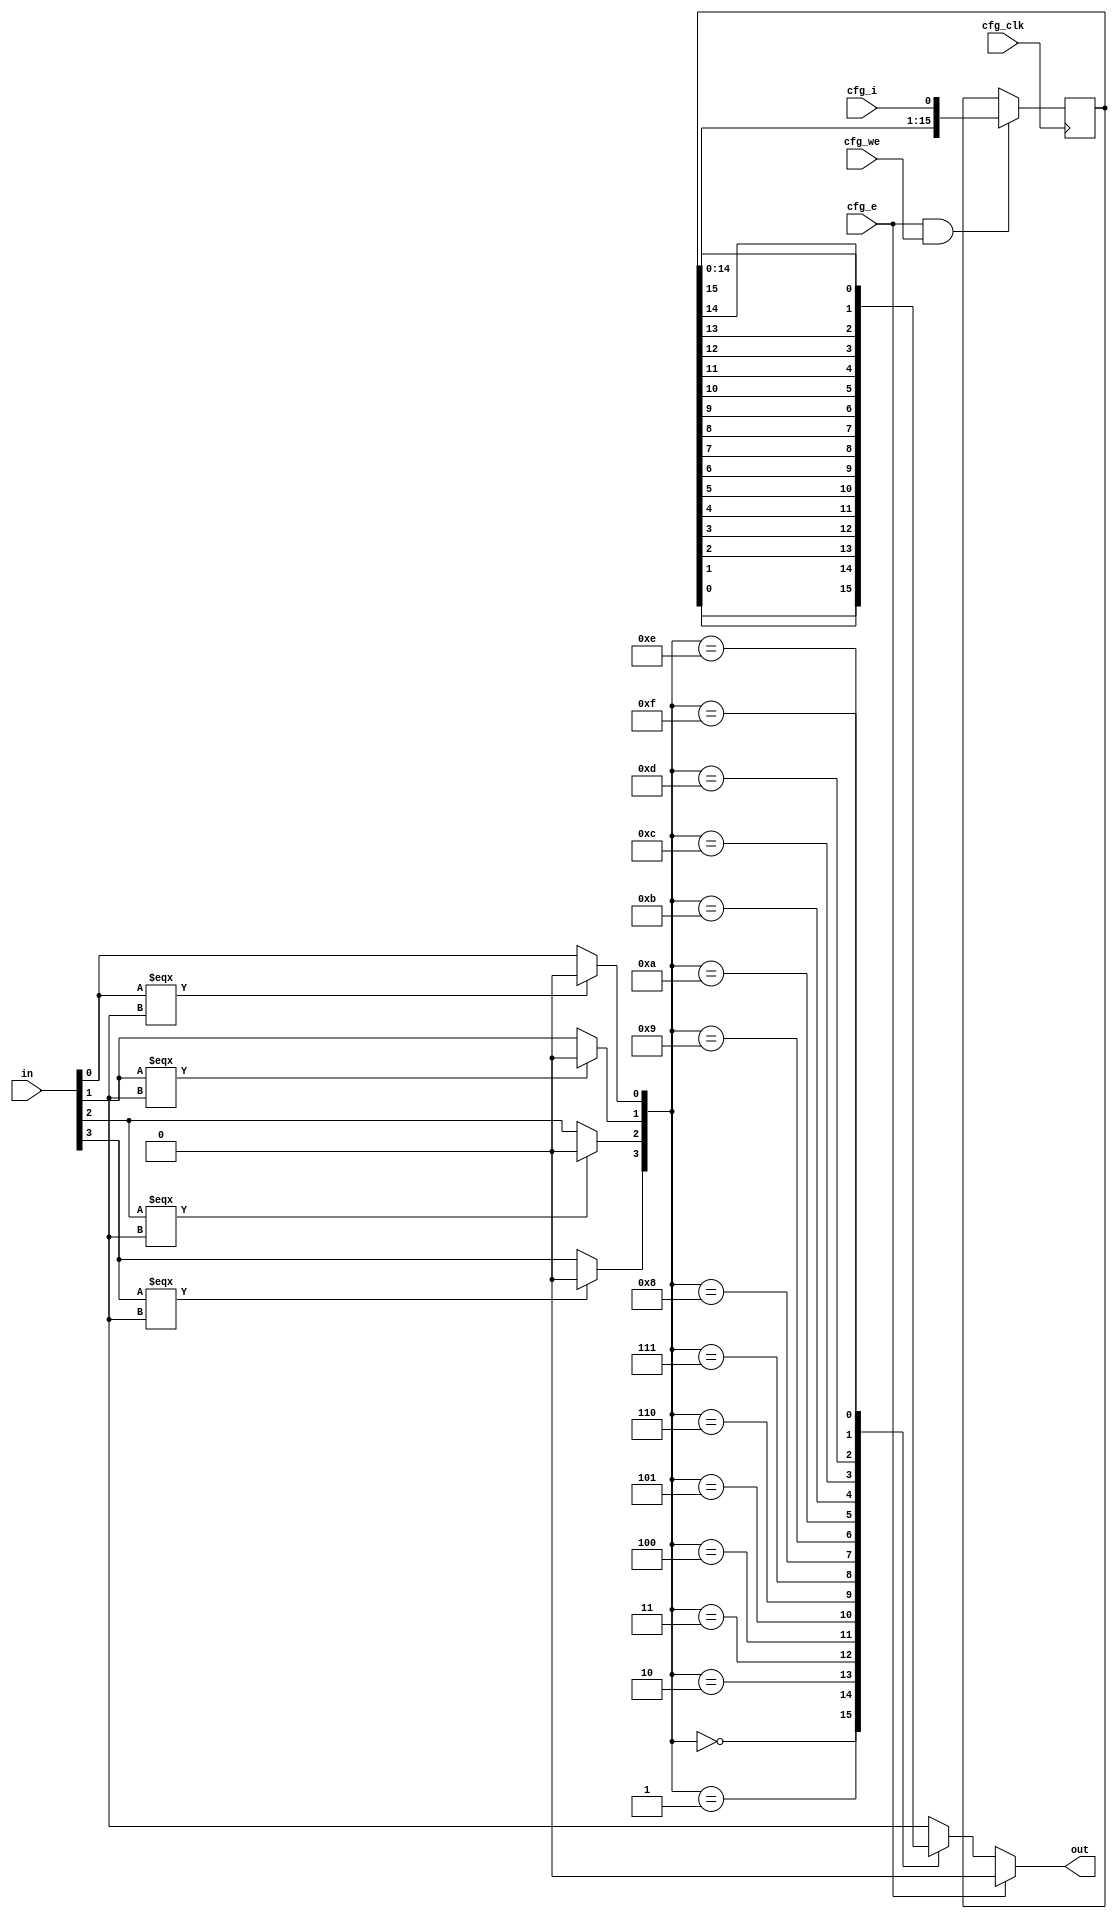
`timescale 1ns / 1ps

module lut4 (
	// Inputs
    input wire [3:0] in,
	// Outputs
    output reg [0:0] out,

	// Configuration Inputs
    input wire [0:0] cfg_clk,
    input wire [0:0] cfg_e,
    input wire [0:0] cfg_we,
    input wire [0:0] cfg_i
    );

    reg [15:0] cfg_d;
    reg [3:0] internal_in;

    initial begin
        internal_in = 4'b0;
    end

    always @* begin
        internal_in = in;

        if (in[0] === 1'bx) begin
            internal_in[0] = 1'b0;
        end
        if (in[1] === 1'bx) begin
            internal_in[1] = 1'b0;
        end
        if (in[2] === 1'bx) begin
            internal_in[2] = 1'b0;
        end
        if (in[3] === 1'bx) begin
            internal_in[3] = 1'b0;
        end
    end

    always @* begin
        if (cfg_e) begin        // avoid pre-programming oscillating
            out = 1'b0;
        end else begin
            case (internal_in)  
                4'd0: out = cfg_d[0];
                4'd1: out = cfg_d[1];
                4'd2: out = cfg_d[2];
                4'd3: out = cfg_d[3];
                4'd4: out = cfg_d[4];
                4'd5: out = cfg_d[5];
                4'd6: out = cfg_d[6];
                4'd7: out = cfg_d[7];
                4'd8: out = cfg_d[8];
                4'd9: out = cfg_d[9];
                4'd10: out = cfg_d[10];
                4'd11: out = cfg_d[11];
                4'd12: out = cfg_d[12];
                4'd13: out = cfg_d[13];
                4'd14: out = cfg_d[14];
                4'd15: out = cfg_d[15];
            endcase
        end
    end

    wire [16:0] cfg_d_next;

    always @(posedge cfg_clk) begin
        if (cfg_e && cfg_we) begin
            cfg_d <= cfg_d_next;
        end
    end

    assign cfg_d_next = {cfg_d, cfg_i};

endmodule